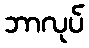
ဘာလုပ်